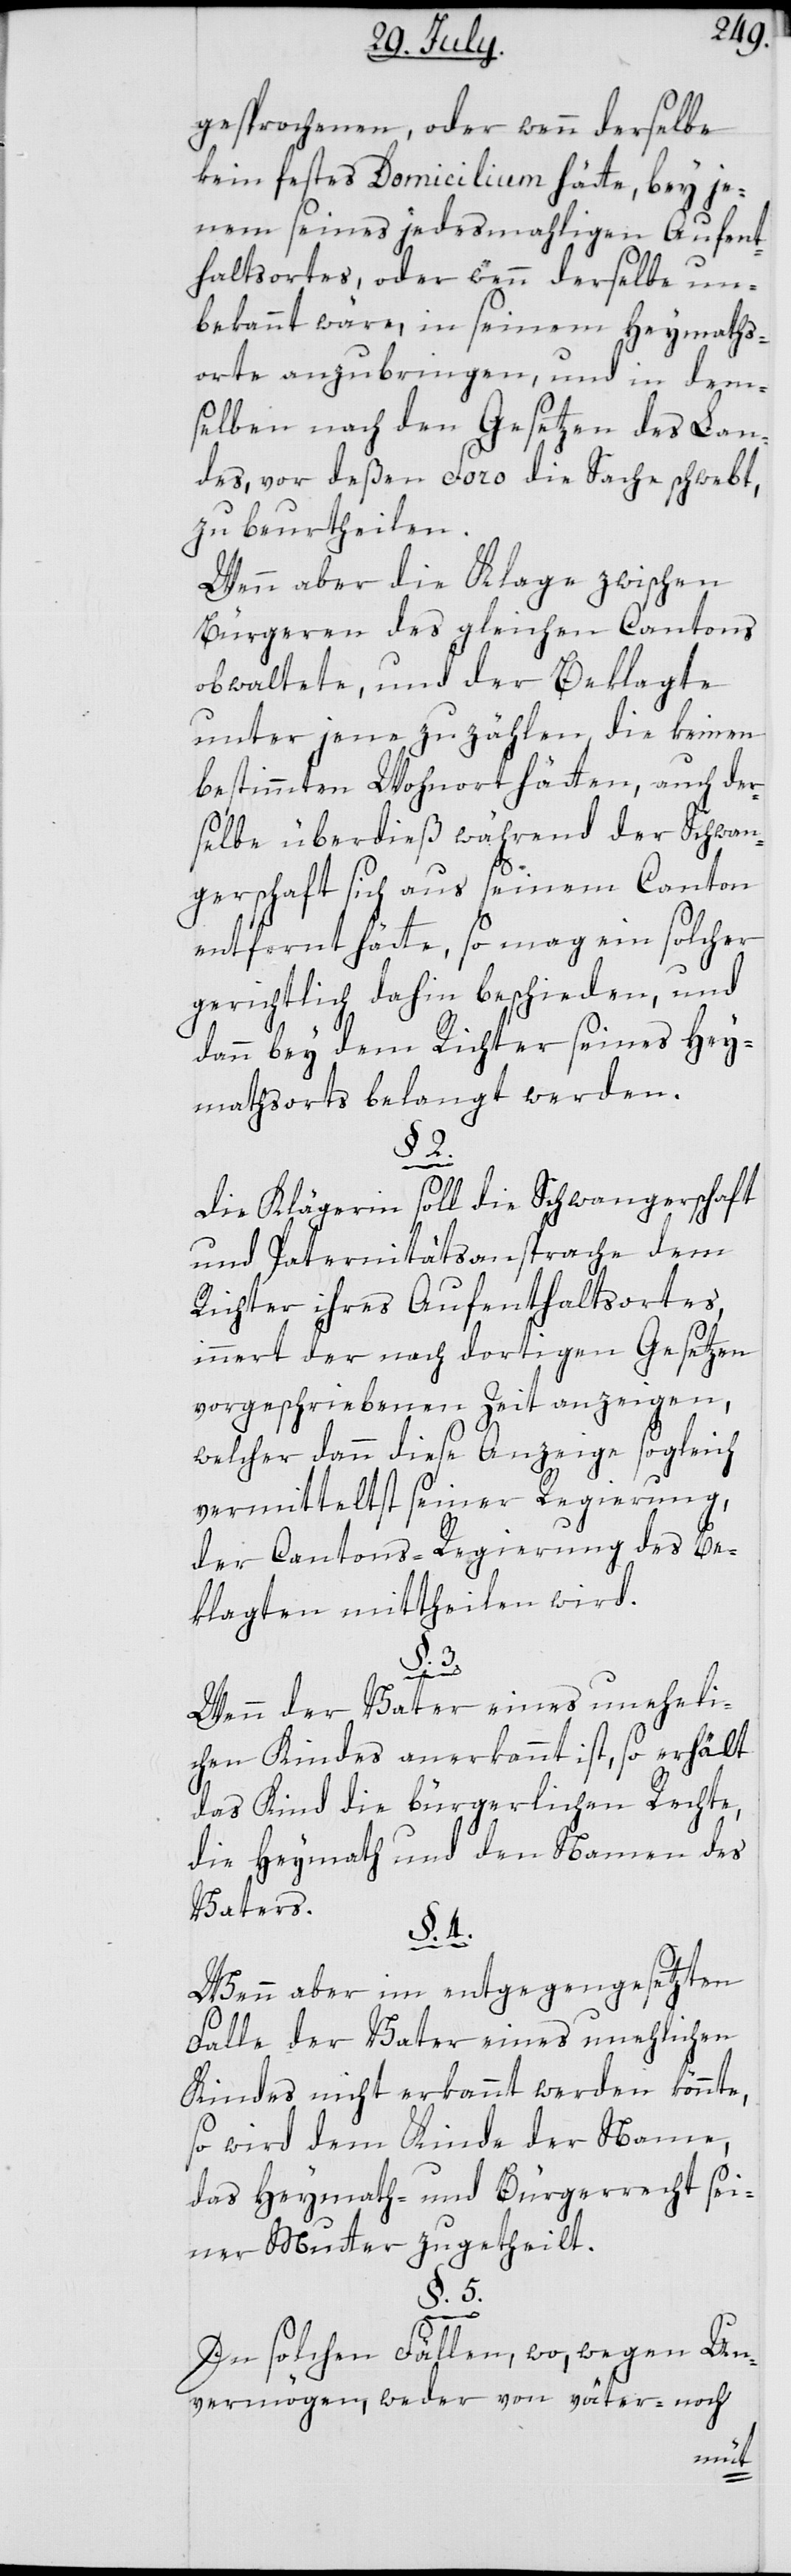
gesprochenen, oder wenn derselbe
kein festes Domicilium hätte, bey je¬
nem seines jedesmahligen Aufent¬
haltsorts, oder wenn derselbe un¬
bekannt wäre, in seinem Heymaths¬
orte anzubringen, und in dem¬
selben nach den Gesetzen des Lan¬
des, vor deßen Foro die Sache schwebt,
zu beurtheilen.
Wenn aber die Klage zwischen
Bürgeren des gleichen Cantons
obwaltete, und der Beklagte
unter jene zu zählen, die keinen
bestimmten Wohnort hätten, auch der¬
selbe überdies während der Schwan¬
gerschaft sich aus seinem Canton
entfernt hätte, so mag ein solcher
gerichtlich dahin beschieden, und
dann bey dem Richter seines Hey¬
mathsorts belangt werden.
§
2.
Die Klägerin soll die Schwangerschaft
und Paternitätsansprache dem
Richter ihres Aufenthaltsortes,
innert der nach dortigen Gesetzen
vorgeschriebenen Zeit anzeigen,
welcher dann diese Anzeige sogleich
vermittelst seiner Regierung,
der Cantons-Regierung des Be¬
klagten mittheilen wird.
§. 3.
Wenn der Vater eines uneheli¬
chen Kindes anerkannt ist, so erhält
das Kind die bürgerlichen Rechte,
die Heymath und den Namen des
Vaters.
§. 4.
Wenn aber im entgegengesetzten
Falle der Vater eines unehlichen
Kindes nicht erkannt werden könnte,
so wird dem Kinde der Name,
das Heymath- und Bürgerrecht sei¬
ner Mutter zugetheilt.
§. 5.
In solchen Fällen, wo, wegen Un¬
vermögen, weder von väter- noch